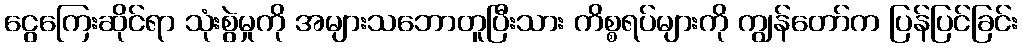
ငွေကြေးဆိုင်ရာ သုံးစွဲမှုကို အများသဘောတူပြီးသား ကိစ္စရပ်များကို ကျွန်တော်က ပြန်ပြင်ခြင်း